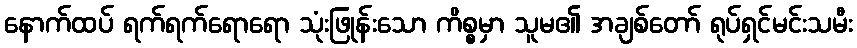
နောက်ထပ် ရက်ရက်ရောရော သုံးဖြုန်းသော ကိစ္စမှာ သူမ၏ အချစ်တော် ရုပ်ရှင်မင်းသမီး